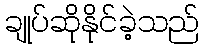
ချုပ်ဆိုနိုင်ခဲ့သည်